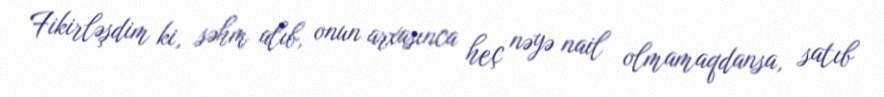
Fikirləşdim ki, səhm alıb, onun arxasınca heç nəyə nail olmamaqdansa, satıb